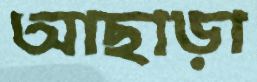
আছাড়া